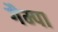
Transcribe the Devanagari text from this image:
गैम्पा